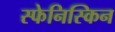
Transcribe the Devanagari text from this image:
स्फेनिस्किन